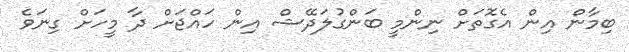
ބިމާން އިން އެގޮތަށް ނިންމީ ބަންގުލަދޭޝް އިން ހައްޖަށް ދާ މީހަށް ގިނަވެ